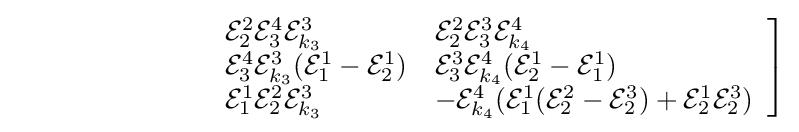
\qquad \qquad \qquad \quad \left.{\begin{array}{ll}{\mathcal {E}}_{2}^{2}{\mathcal {E}}_{3}^{4}{\mathcal {E}}_{k_{3}}^{3}&{\mathcal {E}}_{2}^{2}{\mathcal {E}}_{3}^{3}{\mathcal {E}}_{k_{4}}^{4}\\{\mathcal {E}}_{3}^{4}{\mathcal {E}}_{k_{3}}^{3}({\mathcal {E}}_{1}^{1}-{\mathcal {E}}_{2}^{1})&{\mathcal {E}}_{3}^{3}{\mathcal {E}}_{k_{4}}^{4}({\mathcal {E}}_{2}^{1}-{\mathcal {E}}_{1}^{1})\\{\mathcal {E}}_{1}^{1}{\mathcal {E}}_{2}^{2}{\mathcal {E}}_{k_{3}}^{3}&-{\mathcal {E}}_{k_{4}}^{4}({\mathcal {E}}_{1}^{1}({\mathcal {E}}_{2}^{2}-{\mathcal {E}}_{2}^{3})+{\mathcal {E}}_{2}^{1}{\mathcal {E}}_{2}^{3})\\\end{array}}\right]